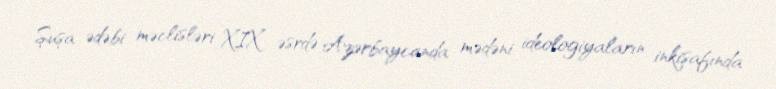
Şuşa ədəbi məclisləri XIX əsrdə Azərbaycanda mədəni ideologiyaların inkişafında